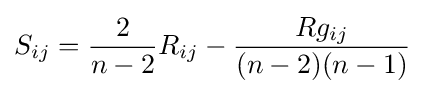
S_{ij}={\frac {2}{n-2}}R_{ij}-{\frac {Rg_{ij}}{(n-2)(n-1)}}